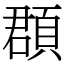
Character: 頵